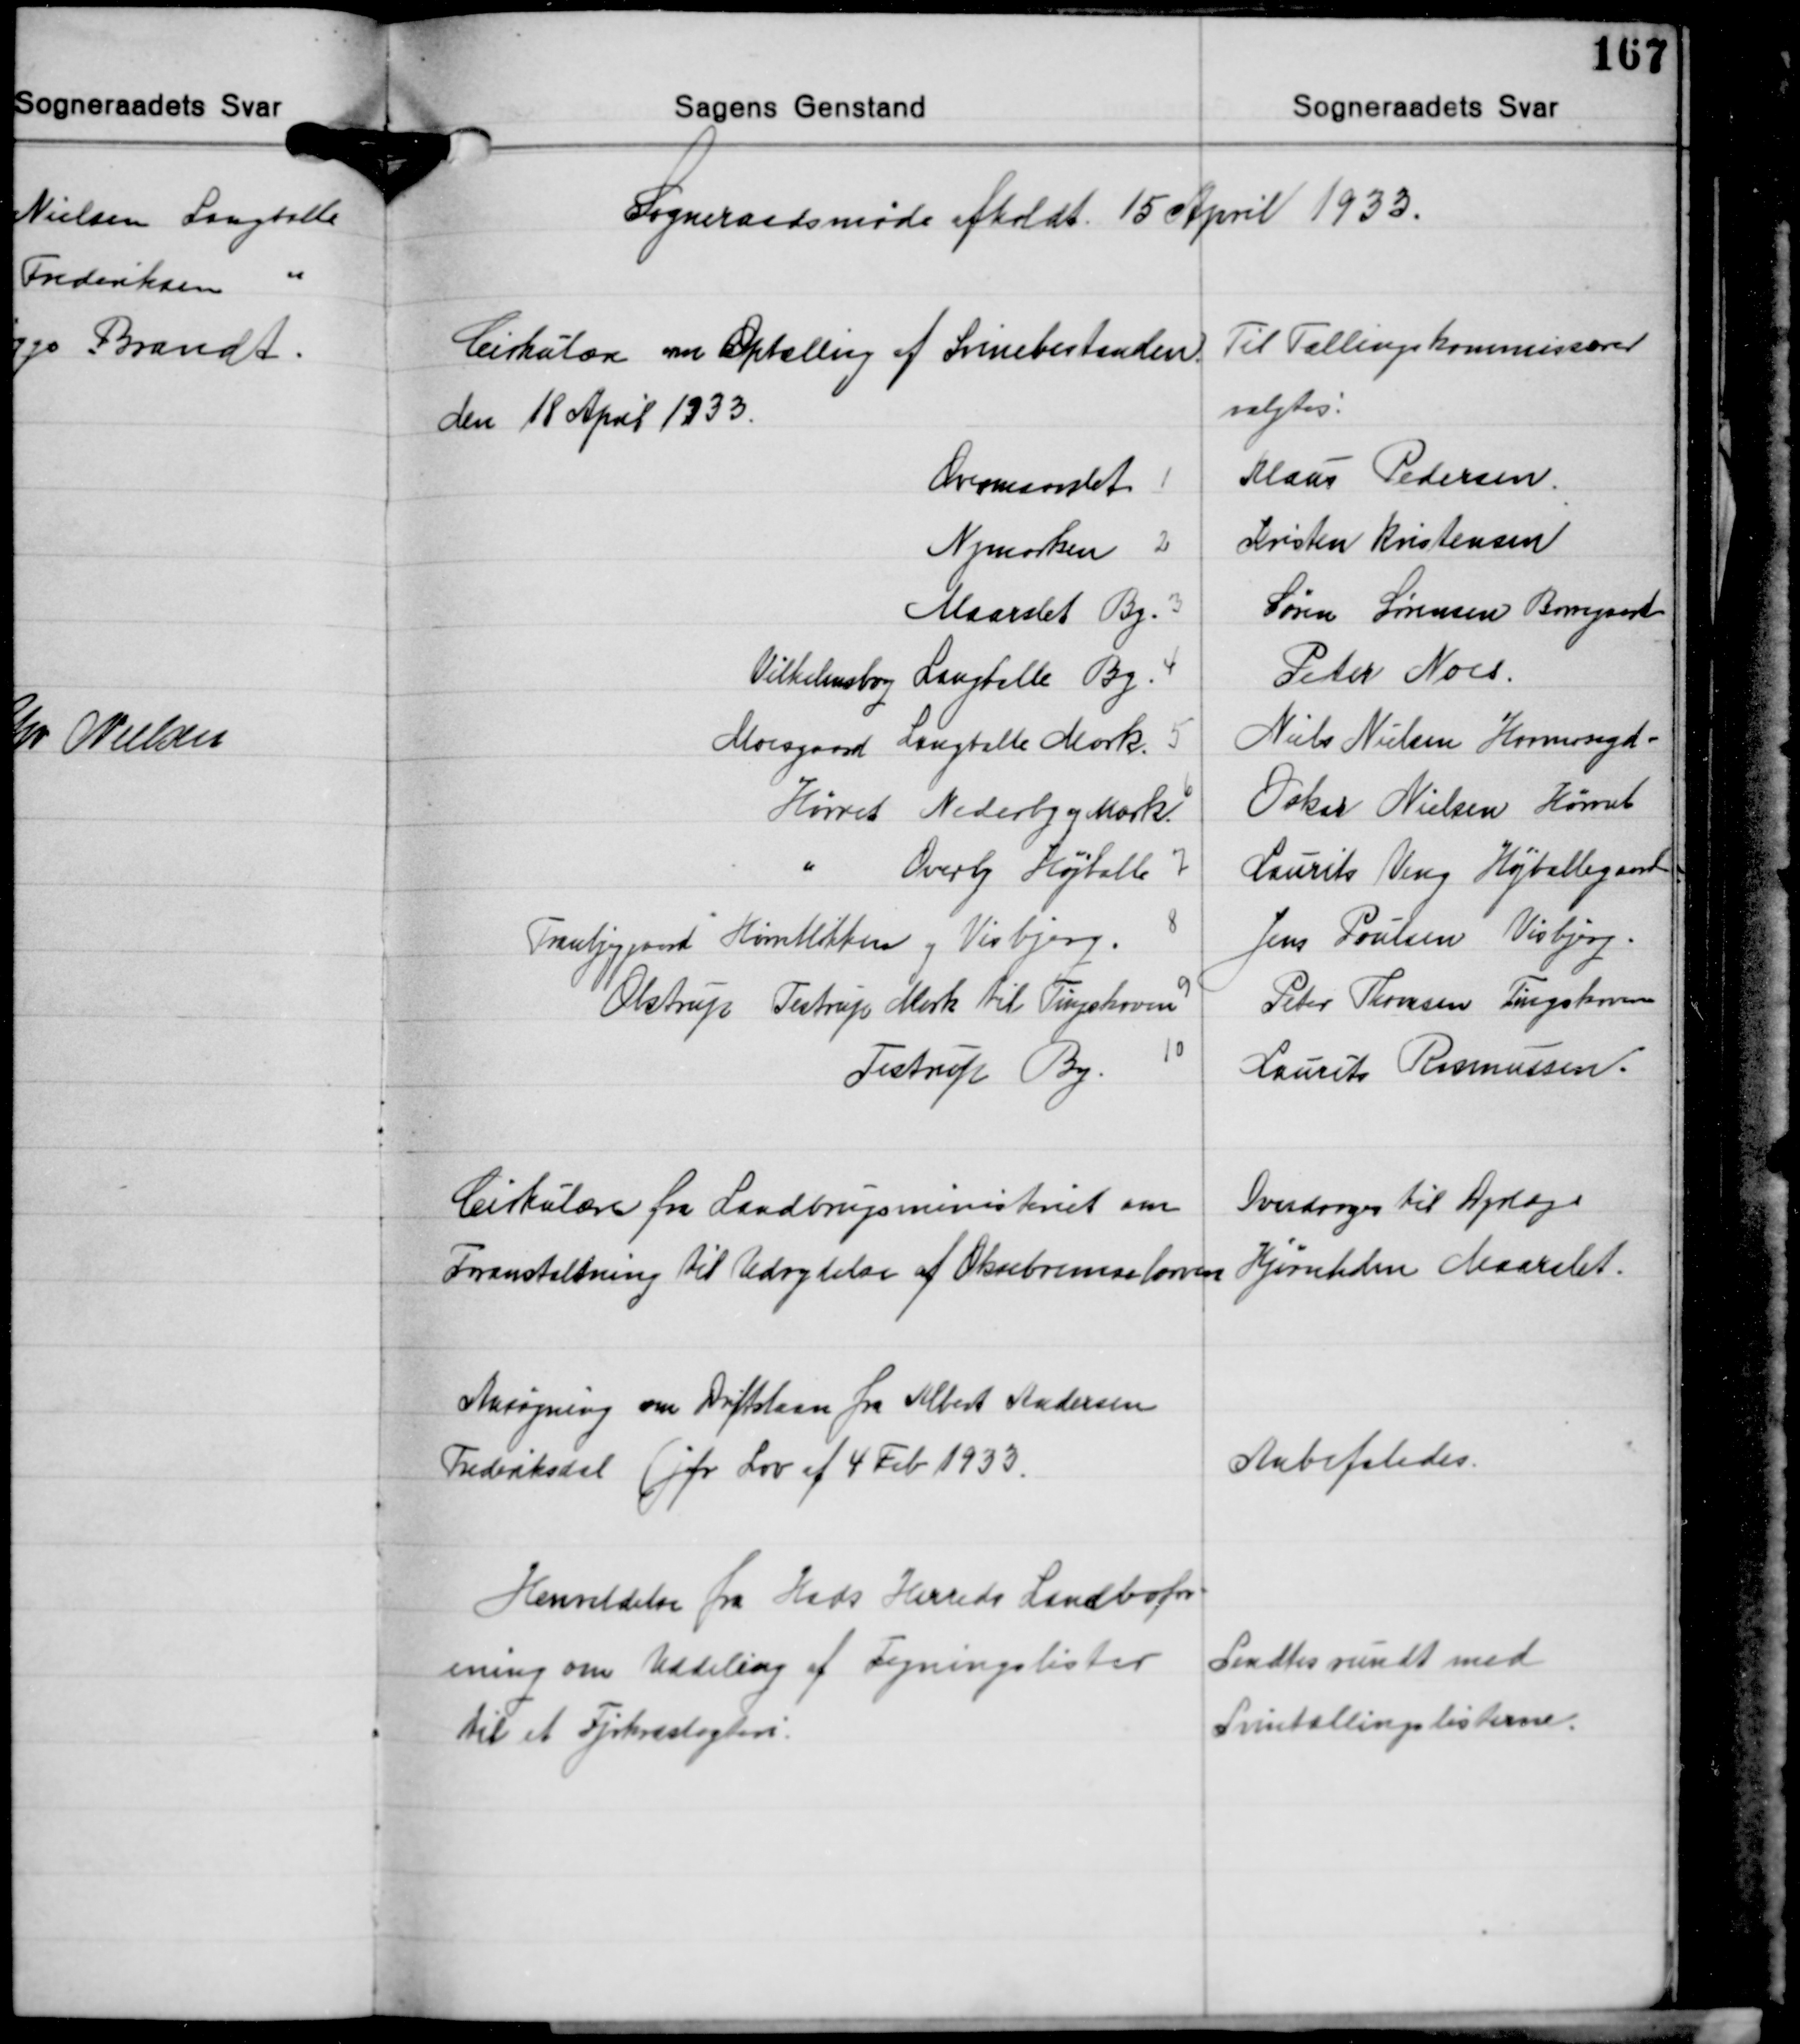
Transskription:
Sogneraadsmøde afholdt. 15 April 1933.

Cirkulære om Optælling af Svinebestanden.
den 18 April 1933.

Til Tællingskommissorer
valgtes.

Overmaarslet 1
Nymarken 2
Maarslet By 3
Vilhelmsborg Langballe By 4
Moesgaard Langballe Mark 5
Hørret Nederby og Mark 6
" Overby Højballe 7
Tranbjerggaard Hørretløkken og Visbjerg 8
Olstrup Testrup Mark til Tingskoven 9
10
Testrup By.

Klaus Pedersen
Kristen Kristensen
Søren Sørensen Borregaard
Peter Noes.
Niels Nielsen Havmosegd.
Oskar Nielsen Hørret
Laurits Veng Højballegaard
Jens Poulsen Visbjerg
Peter Thomsen Tingskoven
Laurits Rasmussen

Cirkulære fra Laadbrugsministeriet om
Foranstaltning til Udrydelse af Oksebremselarven

Overdroges til Dyrlæge
Hjørnholm Maarslet.

Ansøgning om Driftslaan fra Albert Andersen
Frederiksdal (jfr. Lov af 4 Feb. 1933.

Anbefaledes.

Henvendelse fra Hads Herreds Landbofor-
ening om Uddeling af Tegningslister
til et Fjerkræslagteri.

Sendtes rundt med
Svinetællingslisterne.